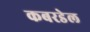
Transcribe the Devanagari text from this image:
कबरडेल